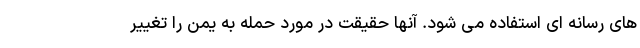
های رسانه ای استفاده می شود. آنها حقیقت در مورد حمله به یمن را تغییر